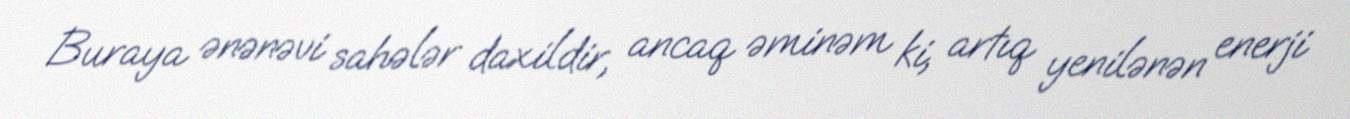
Buraya ənənəvi sahələr daxildir, ancaq əminəm ki, artıq yenilənən enerji